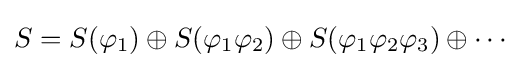
\displaystyle {S=S(\varphi _{1})\oplus S(\varphi _{1}\varphi _{2})\oplus S(\varphi _{1}\varphi _{2}\varphi _{3})\oplus \cdots }